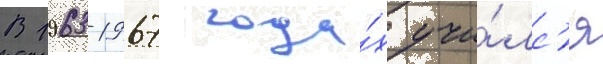
В 1963-1967 года́х учи́лс'я